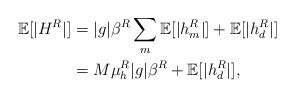
LaTeX: \begin{align*} \mathbb{E}[|H^R|] &= |g|\beta^R\sum_m \mathbb{E}[|h^R_m|] + \mathbb{E}[|h^R_d|]\\& =M\mu^R_h|g|\beta^R + \mathbb{E}[|h^R_d|],\end{align*}